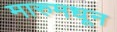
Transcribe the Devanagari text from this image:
मारुमधून